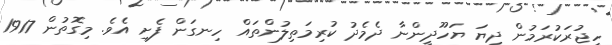
ހިޖުރަކުރަމުން ދިޔަ ޔަހޫދީންނާ ދެމެދު ކުރިމަތިލުންތައް ހިނގަން ފެށި އެވެ. މިގޮތުން 1917